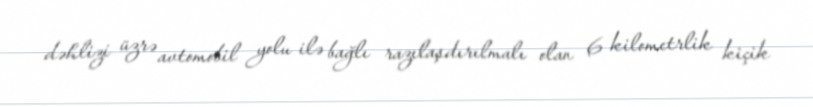
dəhlizi üzrə avtomobil yolu ilə bağlı razılaşdırılmalı olan 6 kilometrlik kiçik